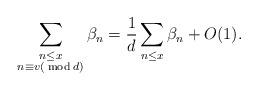
LaTeX: \begin{align*}\sum_{\substack{n\le x\\ n\equiv v (\bmod d)}}\beta_n=\frac 1d\sum_{n\le x}\beta_n+O(1).\end{align*}